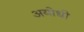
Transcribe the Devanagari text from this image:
अयोधी